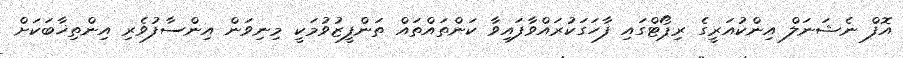
އޮފް ނެޝަނަލް އިންކުއަރީގެ ރިޕޯޓްގައި ފާހަގަކުރައްވާފައިވާ ކަންތައްތައް ތަންފީޒުވުމަކީ މިނިވަން އިންސާފުވެރި އިންތިޚާބަކަށް